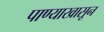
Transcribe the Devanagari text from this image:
पाण्याखासून